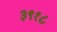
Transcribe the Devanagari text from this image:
३९१८